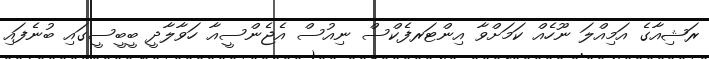
ރަޝިއާގެ އަމިއްލަ ނޫހެއް ކަމަށްވާ އިންޓަރފެކްސް ނިއުސް އެޖެންސީއާ ހަވާލާދީ ބީބީސީގައި ބުނެފައި